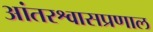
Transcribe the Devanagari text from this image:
आंतरश्वासप्रणाल